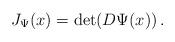
LaTeX: \begin{align*}J_\Psi(x) = \det(D\Psi(x))\,.\end{align*}